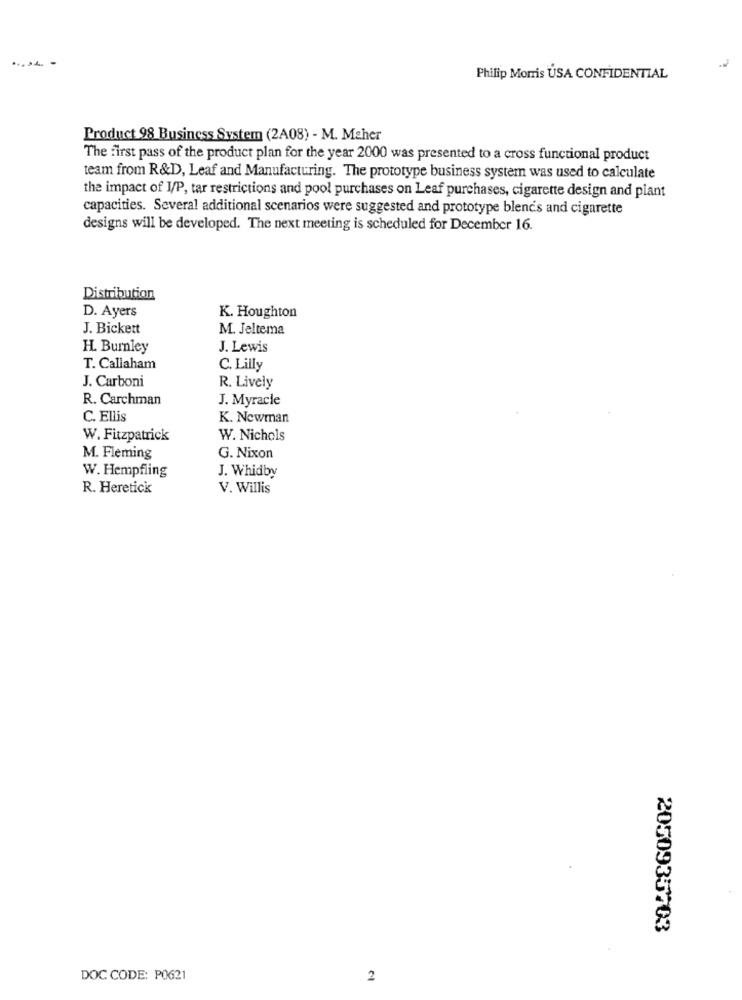
Philip Morris USA CONFIDENTIAL
Product 98 Business System (2A08) - M. Maher
The first pass of the product plan for the year 2000 was presented to a cross functional product
team from R&D, Leaf and Manufacturing. The prototype business system was used to calculate
the impact of I/P, tar restrictions and pool purchases on Leaf purchases, cigarette design and plant
capacities. Several additional scenarios were suggested and prototype blend's and cigarette
designs will be developed. The next meeting is scheduled for December 16.
Distribution
D. Ayers
K. Houghton
J. Bickett
M. Jeltema
H. Burnley
J. Lewis
T. Callaham
C. Lilly
J. Carboni
R. Lively
R. Carchman
J. Myracle
C. Ellis
K. Newman
W. Fitzpatrick
W. Nichols
M. Fleming
G. Nixon
J. Whidby
W. Hempfling
R. Heretick
V. Willis
2050935703
DOC CODE: P0621
2